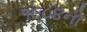
૧૯૮૪નો